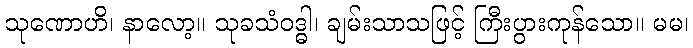
သုဏောဟိ၊ နာလော့။ သုခသံဝဒ္ဓါ၊ ချမ်းသာသဖြင့် ကြီးပွားကုန်သော။ မမ၊